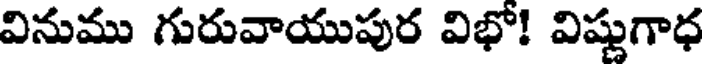
వినుము గురువాయుపుర విభో! విష్ణుగాధ